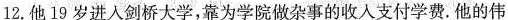
12.他19岁进人剑桥大学，靠为学院做杂事的收入支付学费.他的伟